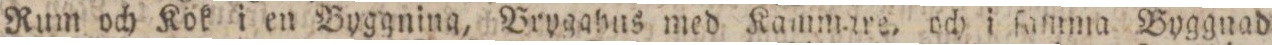
Rum och Kök i en Byggning, Brygghus med Kammare, och i ſamma Byggnad